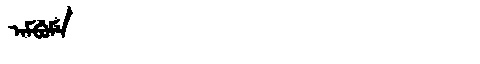
Manchu: ᠠᠮᠪᡠᠮᡝ
Romanization: AMBUME